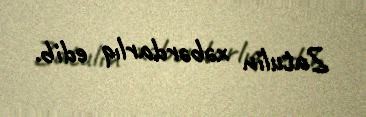
Zatulin xəbərdarlıq edib.